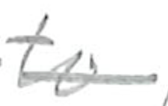
Text: to
Cross-out: single-line
Writing tool: pencil